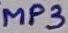
Text: MP3